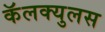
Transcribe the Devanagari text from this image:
कॅलक्युलस